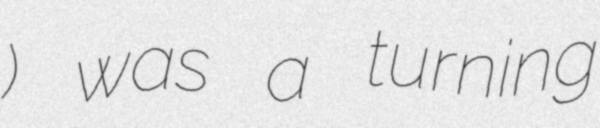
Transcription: ճակատամարտ) was a turning